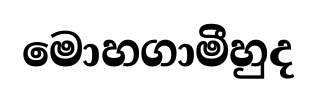
මොහගාමීහුද